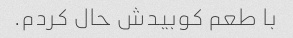
با طعم کوبیدش حال کردم.